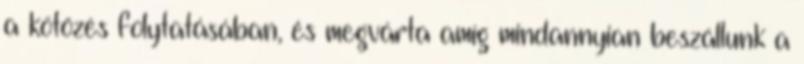
a kötözés folytatásában, és megvárta amíg mindannyian beszállunk a